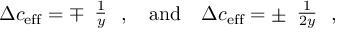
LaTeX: \Delta c _ { \mathrm { { e f f } } } = \mp \begin{array} { c } { { \frac { 1 } { y } } } \end{array} \, , \quad \mathrm { a n d } \quad \Delta c _ { \mathrm { { e f f } } } = \pm \begin{array} { c } { { \frac { 1 } { 2 y } } } \end{array} \, ,